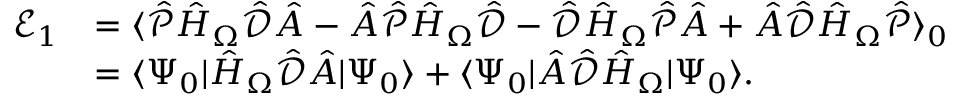
\begin{array} { r l } { \mathcal { E } _ { 1 } } & { = \langle \hat { \mathcal { P } } \hat { H } _ { \Omega } \hat { \mathcal { { D } } } \hat { A } - \hat { A } \hat { \mathcal { P } } \hat { H } _ { \Omega } \hat { \mathcal { { D } } } - \hat { \mathcal { D } } \hat { H } _ { \Omega } \hat { \mathcal { P } } \hat { A } + \hat { A } \hat { \mathcal { D } } \hat { H } _ { \Omega } \hat { \mathcal { P } } \rangle _ { 0 } } \\ & { = \langle \Psi _ { 0 } | \hat { H } _ { \Omega } \hat { \mathcal { { D } } } \hat { A } | \Psi _ { 0 } \rangle + \langle \Psi _ { 0 } | \hat { A } \hat { \mathcal { D } } \hat { H } _ { \Omega } | \Psi _ { 0 } \rangle . } \end{array}